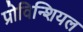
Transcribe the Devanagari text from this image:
प्रोविन्शियल